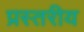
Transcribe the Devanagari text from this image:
प्रस्तरीय